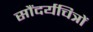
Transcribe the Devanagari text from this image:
सौंदर्यचित्रों